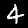
Digit: 4